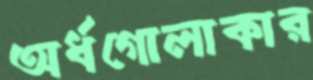
অর্ধগোলাকার